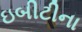
ઇબીટીના